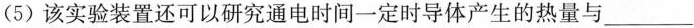
(5) 该实验装置还可以研究通电时间一定时导体产生的热量与___